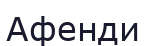
Афенди